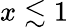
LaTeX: x\lesssim 1